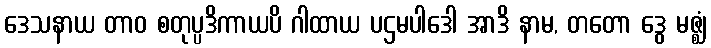
ဒေသနာယ တာဝ စတုပ္ပဒိကာယပိ ဂါထာယ ပဌမပါဒေါ အာဒိ နာမ, တတော ဒွေ မဇ္ဈံ